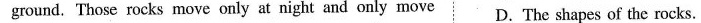
ground. Those rocks move only at night and only move D. The shapes of the rocks.